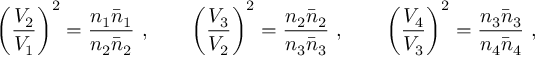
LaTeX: \left( { \frac { V _ { 2 } } { V _ { 1 } } } \right) ^ { 2 } = { \frac { n _ { 1 } \bar { n } _ { 1 } } { n _ { 2 } \bar { n } _ { 2 } } } \ , \qquad \left( { \frac { V _ { 3 } } { V _ { 2 } } } \right) ^ { 2 } = { \frac { n _ { 2 } \bar { n } _ { 2 } } { n _ { 3 } \bar { n } _ { 3 } } } \ , \qquad \left( { \frac { V _ { 4 } } { V _ { 3 } } } \right) ^ { 2 } = { \frac { n _ { 3 } \bar { n } _ { 3 } } { n _ { 4 } \bar { n } _ { 4 } } } \ ,